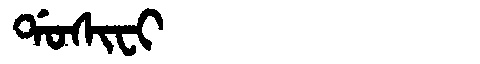
Manchu: ᡩᠣᠰᡳᠸᡳ
Romanization: DOSIFI